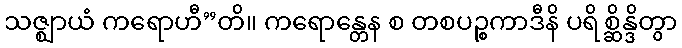
သဇ္ဈာယံ ကရောဟီ”တိ။ ကရောန္တေန စ တစပဉ္စကာဒီနိ ပရိစ္ဆိန္ဒိတွာ